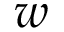
w